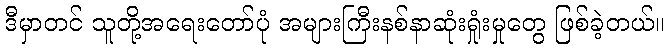
ဒီမှာတင် သူတို့အရေးတော်ပုံ အများကြီးနစ်နာဆုံးရှုံးမှုတွေ ဖြစ်ခဲ့တယ်။